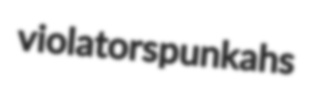
violators punkahs